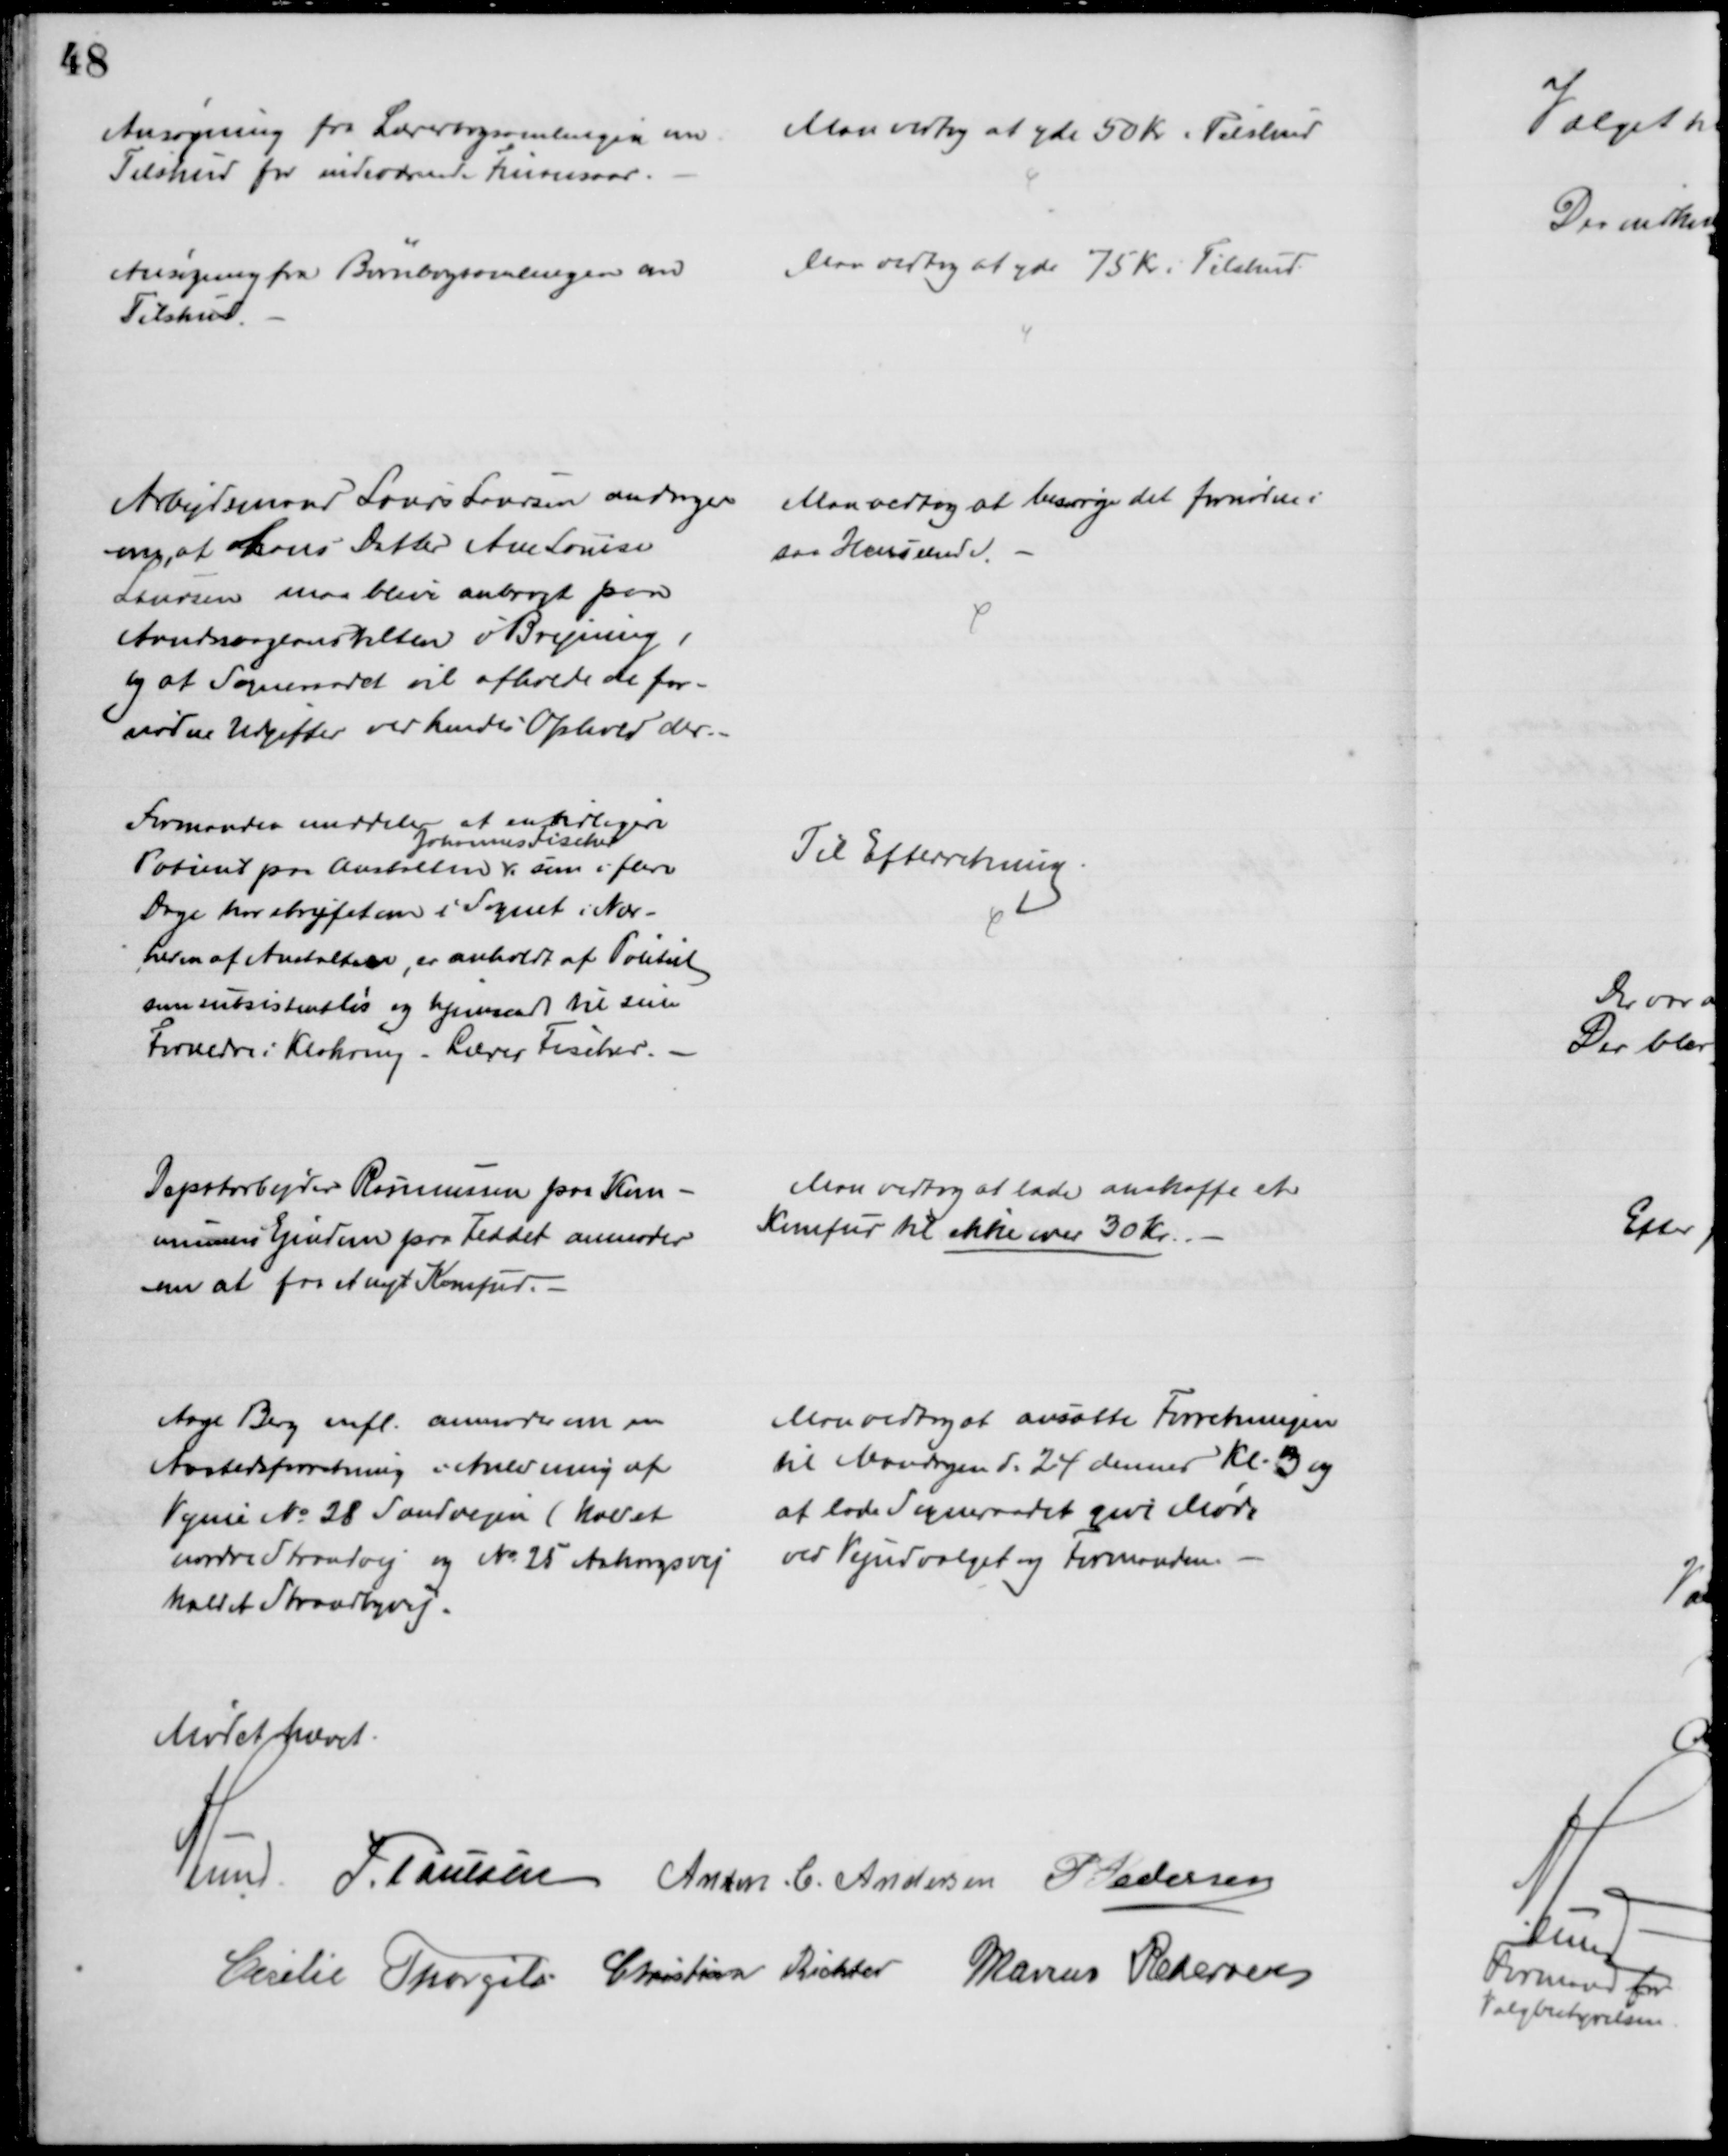
Transskription:
Ansøgning fra Lærerbogsamlingen om
Tilskud for indeværende Finansaar.
Man vedtog at yde 50 Kr i Tilskud
Ansøgning fra Børnebogsamlingen om
Tilskud.
Man vedtog at yde 75 Kr i Tilskud
Arbejdsmand Laurs Laursen andrager
om, at hans Datter Ane Louise
Laursen maa blive anbragt paa
Aandssvageanstalten i Brejning,
og at Sogneraadet vil afholde de for-
nødne Udgifter ved hendes Ophold der.
Man vedtog at besørge det fornødne i
saa Henseende.
Formanden meddeler at en tidligere
Patient paa Anstalten 
Johannes Fischer
som i flere
Dage har strejfet om i Sognet i Nær-
heden af Anstalten, er anholdt af Politiet
som subsistensløs og hjemsendt til sine 
Forældre i Klakring - Lærer Fischer.
Til Efterretning.
Depotarbejder Rasmussen paa Kom-
munens Ejendom paa Feddet anmoder
om at faa et nyt Komfur.
Man vedtog at lade anskaffe et 
Komfur til ikke over 30 Kr.
Aage Berg mfl. anmoder om en
Aastedsforretning i Anledning af
Vejene № 28 Sandvejen (kaldet
nordre Strandvej og № 25 Aakrogsvej
kaldet Strandbyvej.
Man vedtog at ansætte Forretningen
til Mandagen d. 24 dennes Kl. 3 og
at lade Sogneraadet give Møde
ved Vejudvalget og Formanden.
Mødet hævet.
A. Lund. P. Poulsen Anton. C. Andersen P Pedersen
Cecilie Thorgils Christian Richter Marius Pedersen